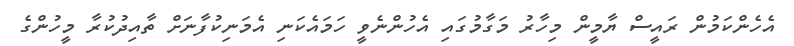
އެހެންކަމުން ރައީސް ޔާމީން މިހާރު މަގާމުގައި އެހުންނެވީ ހަމައެކަނި އެމަނިކުފާނަށް ތާއިދުކުރާ މީހުންގެ